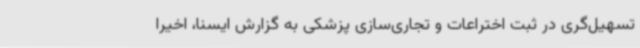
تسهیل‌گری در ثبت اختراعات و تجاری‌سازی پزشکی به گزارش ایسنا، اخیرا